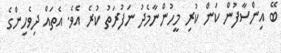
ބޭ އިންސާފުން ކަން ކުރި މީހުންނާމެދު ނަފުރަތު ކުރެ އެވެ. އެތައް ދިވެހިންގެ